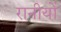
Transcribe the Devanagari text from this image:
रानीयों